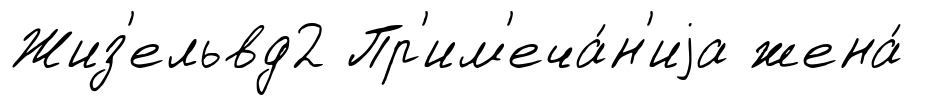
Жиз'ельвд2 Пр'им'еча́н'иjа жена́